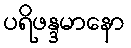
ပရိဖန္ဒမာနော